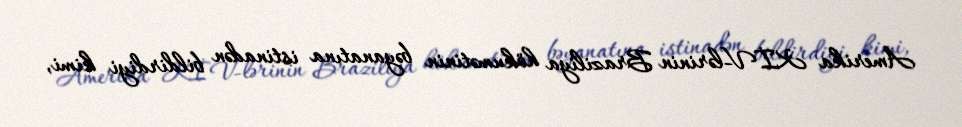
Amerika KİV-lərinin Braziliya hökumətinin bəyanatına istinadən bildirdiyi kimi,